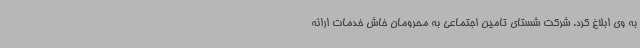
به وی ابلاغ کرد. شرکت شستای تامین اجتماعی به محرومان خاش خدمات ارائه